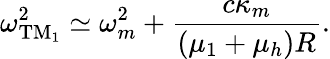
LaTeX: \omega_{\textrm{TM}_{1}}^{2}\simeq\omega_{m}^{2}+\frac{c\kappa_{m}}{(\mu_{1}+\mu_{h})R}.